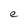
Character: e